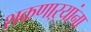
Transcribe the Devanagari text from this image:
शकणाऱ्यांना